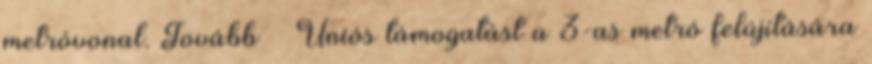
metróvonal. Tovább › ›Uniós támogatást a 3-as metró felújítására